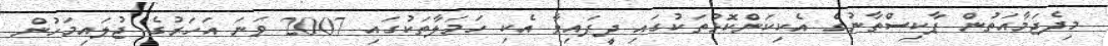
މިދެޖަމާއަތުން ޕާކިސްތާނުގެ އެކިކަންކޮޅުތަކުގައި ދީފައިވާ އެކި ހަމަލާތަކުގައި 2007 ވަނަ އަހަރުގެ ޖުލައިމަހުން